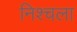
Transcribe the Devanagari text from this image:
निश्चला